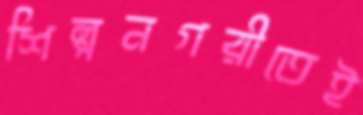
শিল্পনগরীতেই